Snake-venoms in relation to hæmolysis - Number 17
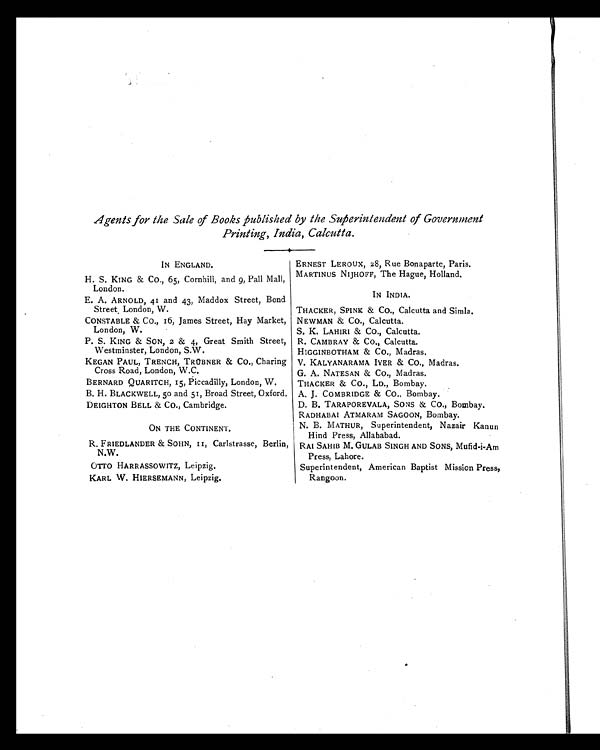
Agents for the Sale of Books published by the Superintendent of Government
Printing, India, Calcutta.
IN ENGLAND.
ERNEST LEROUX, 28, Rue Bonaparte, Paris.
H. S. KING & CO., 65, Cornhill, and 9, Pall Mall,
London.
MARTINUS NIJHOFF, The Hague, Holland.
E. A. ARNOLD, 41 and 43, Maddox Street, Bond
Street, London, W.
IN INDIA.
THACKER, SPINK & CO., Calcutta and Simla.
CONSTABLE & CO., 16, James Street, Hay Market,
London, W.
NEWMAN & CO., Calcutta.
S. K. LAHIRI & CO., Calcutta.
P. S. KING & SON, 2 & 4, Great Smith Street,
Westminster, London, S.W.
R. CAMBRAY & CO., Calcutta.
HIGGINBOTHAM & CO., Madras.
KEGAN PAUL, TRENCH, TRÜBNER & CO., Charing
Cross Road, London, W.C.
V. KALYANARAMA IYER & CO., Madras.
G. A. NATESAN & CO., Madras.
BERNARD QUARITCH, 15, Piccadilly, London, W.
THACKER & CO., LD., Bombay.
B. H. BLACKWELL, 50 and 51, Broad Street, Oxford. A. J. COMBRIDGE & CO., Bombay.
DEIGHTON BELL & CO., Cambridge.
D. B. TARAPOREVALA, SONS & Co., Bombay.
ON THE CONTINENT.
RADHABAI ATMARAM SAGOON, Bombay.
N. B. MATHUR, Superintendent, Nazair Kanun
Hind Press, Allahabad.
R. FRIEDLANDER & SOHN, 11, Carlstrasse, Berlin,
N.W.
RAI SAHIB M. GULAB SINGH AND SONS, Mufid-i-Am
Press, Lahore.
OTTO HARRASSOWITZ, Leipzig.
Superintendent, American Baptist Mission Press,
Rangoon.
KARL W. HIERSEMANN, Leipzig.